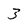
Character: 3